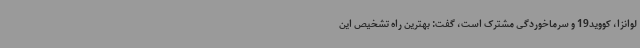
لوانزا، کووید19 و سرماخوردگی مشترک است، گفت: بهترین راه تشخیص این